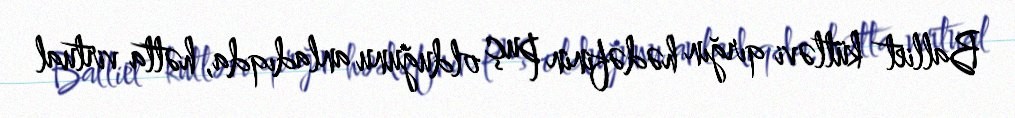
Balliet kütləvi qırğın hədəfinin puç olduğunu anladıqda, hətta virtual